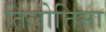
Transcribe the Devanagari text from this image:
तिलोत्तिमा